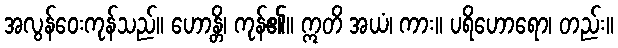
အလွန်ဝေးကုန်သည်။ ဟောန္တိ၊ ကုန်၏။ ဣတိ အယံ၊ ကား။ ပရိဟောရော၊ တည်း။